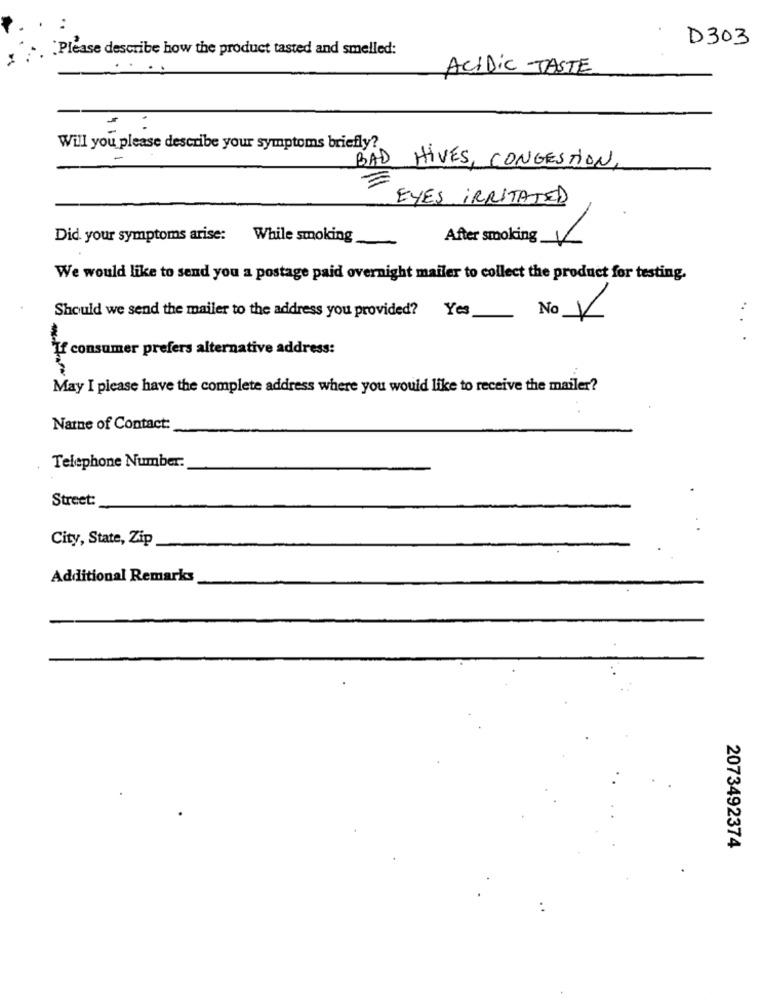
D303
:Please describe how the product tasted and smelled:
ACIDIC TASTE
Will you please describe your symptoms briefly?
BAD HIVES, CONGESTION,
EYES IRRITATED
Did your symptoms arise: While smoking
After smoking
L
We would like to send you a postage paid overnight mailer to collect the product for testing.
..
Should we send the mailer to the address you provided? Yes
V
If consumer prefers alternative address:
May I please have the complete address where you would like to receive the mailer?
Narne of Contact:
Telephone Number:
Street:
City, State, Zip
Additional Remarks
2073492374